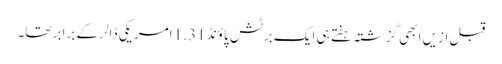
قبل ازیں ابھی گزشتہ ہفتے ہی ایک برٹش پاؤنڈ 1.31 امریکی ڈالر کے برابر تھا۔